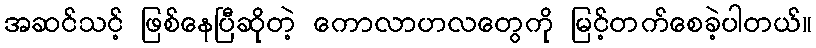
အဆင်သင့် ဖြစ်နေပြီဆိုတဲ့ ကောလာဟလတွေကို မြင့်တက်စေခဲ့ပါတယ်။